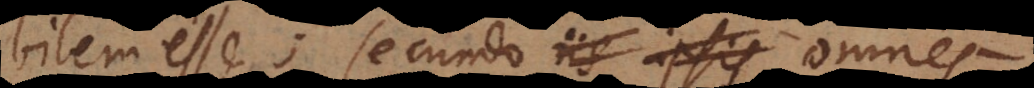
bilem esse; secundo iis ipsis omnes